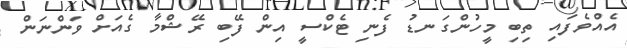
އެއްވެފައި ތިބި މީހުންގަނޑު ފެނި ޓެކްސީ އިން ފޭބި ރޭޝްމާ ގެއަށް ވަންނަން